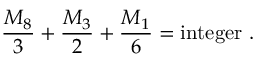
{ \frac { M _ { 8 } } { 3 } } + { \frac { M _ { 3 } } { 2 } } + { \frac { M _ { 1 } } { 6 } } = \mathrm { i n t e g e r } \ .